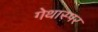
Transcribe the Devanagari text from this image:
गेथास्पर